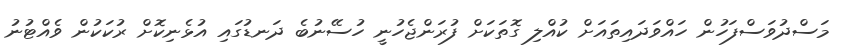
މަސްދުވަސްފަހުން ހައްވަދައިތައަށް ކުއްލި ގޮތަކަށް ފުރަންޖެހުނީ ހުސޭނުބެ ދަނޑުގައި އުޅެނިކޮށް ރުކަކުން ވެއްޓުނު